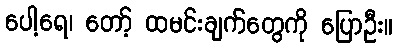
ပေါ့ရေ၊ တော့် ထမင်းချက်တွေကို ပြောဦး။